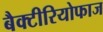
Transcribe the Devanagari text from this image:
बैक्टीरियोफाज